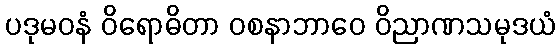
ပဒုမဝနံ ဝိရောဓိတာ ဝစနာဘာဝေ ဝိညာဏသမုဒယံ